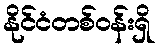
နိုင်ငံတစ်ဝန်းရှိ